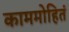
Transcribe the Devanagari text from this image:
काममोहितं